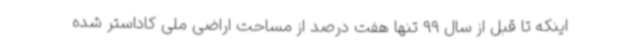
اینکه تا قبل از سال 99 تنها هفت درصد از مساحت اراضی ملی کاداستر شده